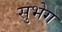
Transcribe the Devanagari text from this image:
सुभेग